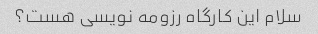
سلام این کارگاه رزومه نویسی هست؟